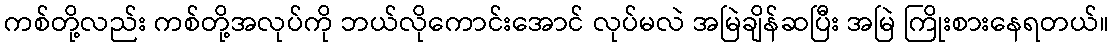
ကစ်တို့လည်း ကစ်တို့အလုပ်ကို ဘယ်လိုကောင်းအောင် လုပ်မလဲ အမြဲချိန်ဆပြီး အမြဲ ကြိုးစားနေရတယ်။